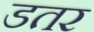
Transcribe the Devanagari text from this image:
डतर